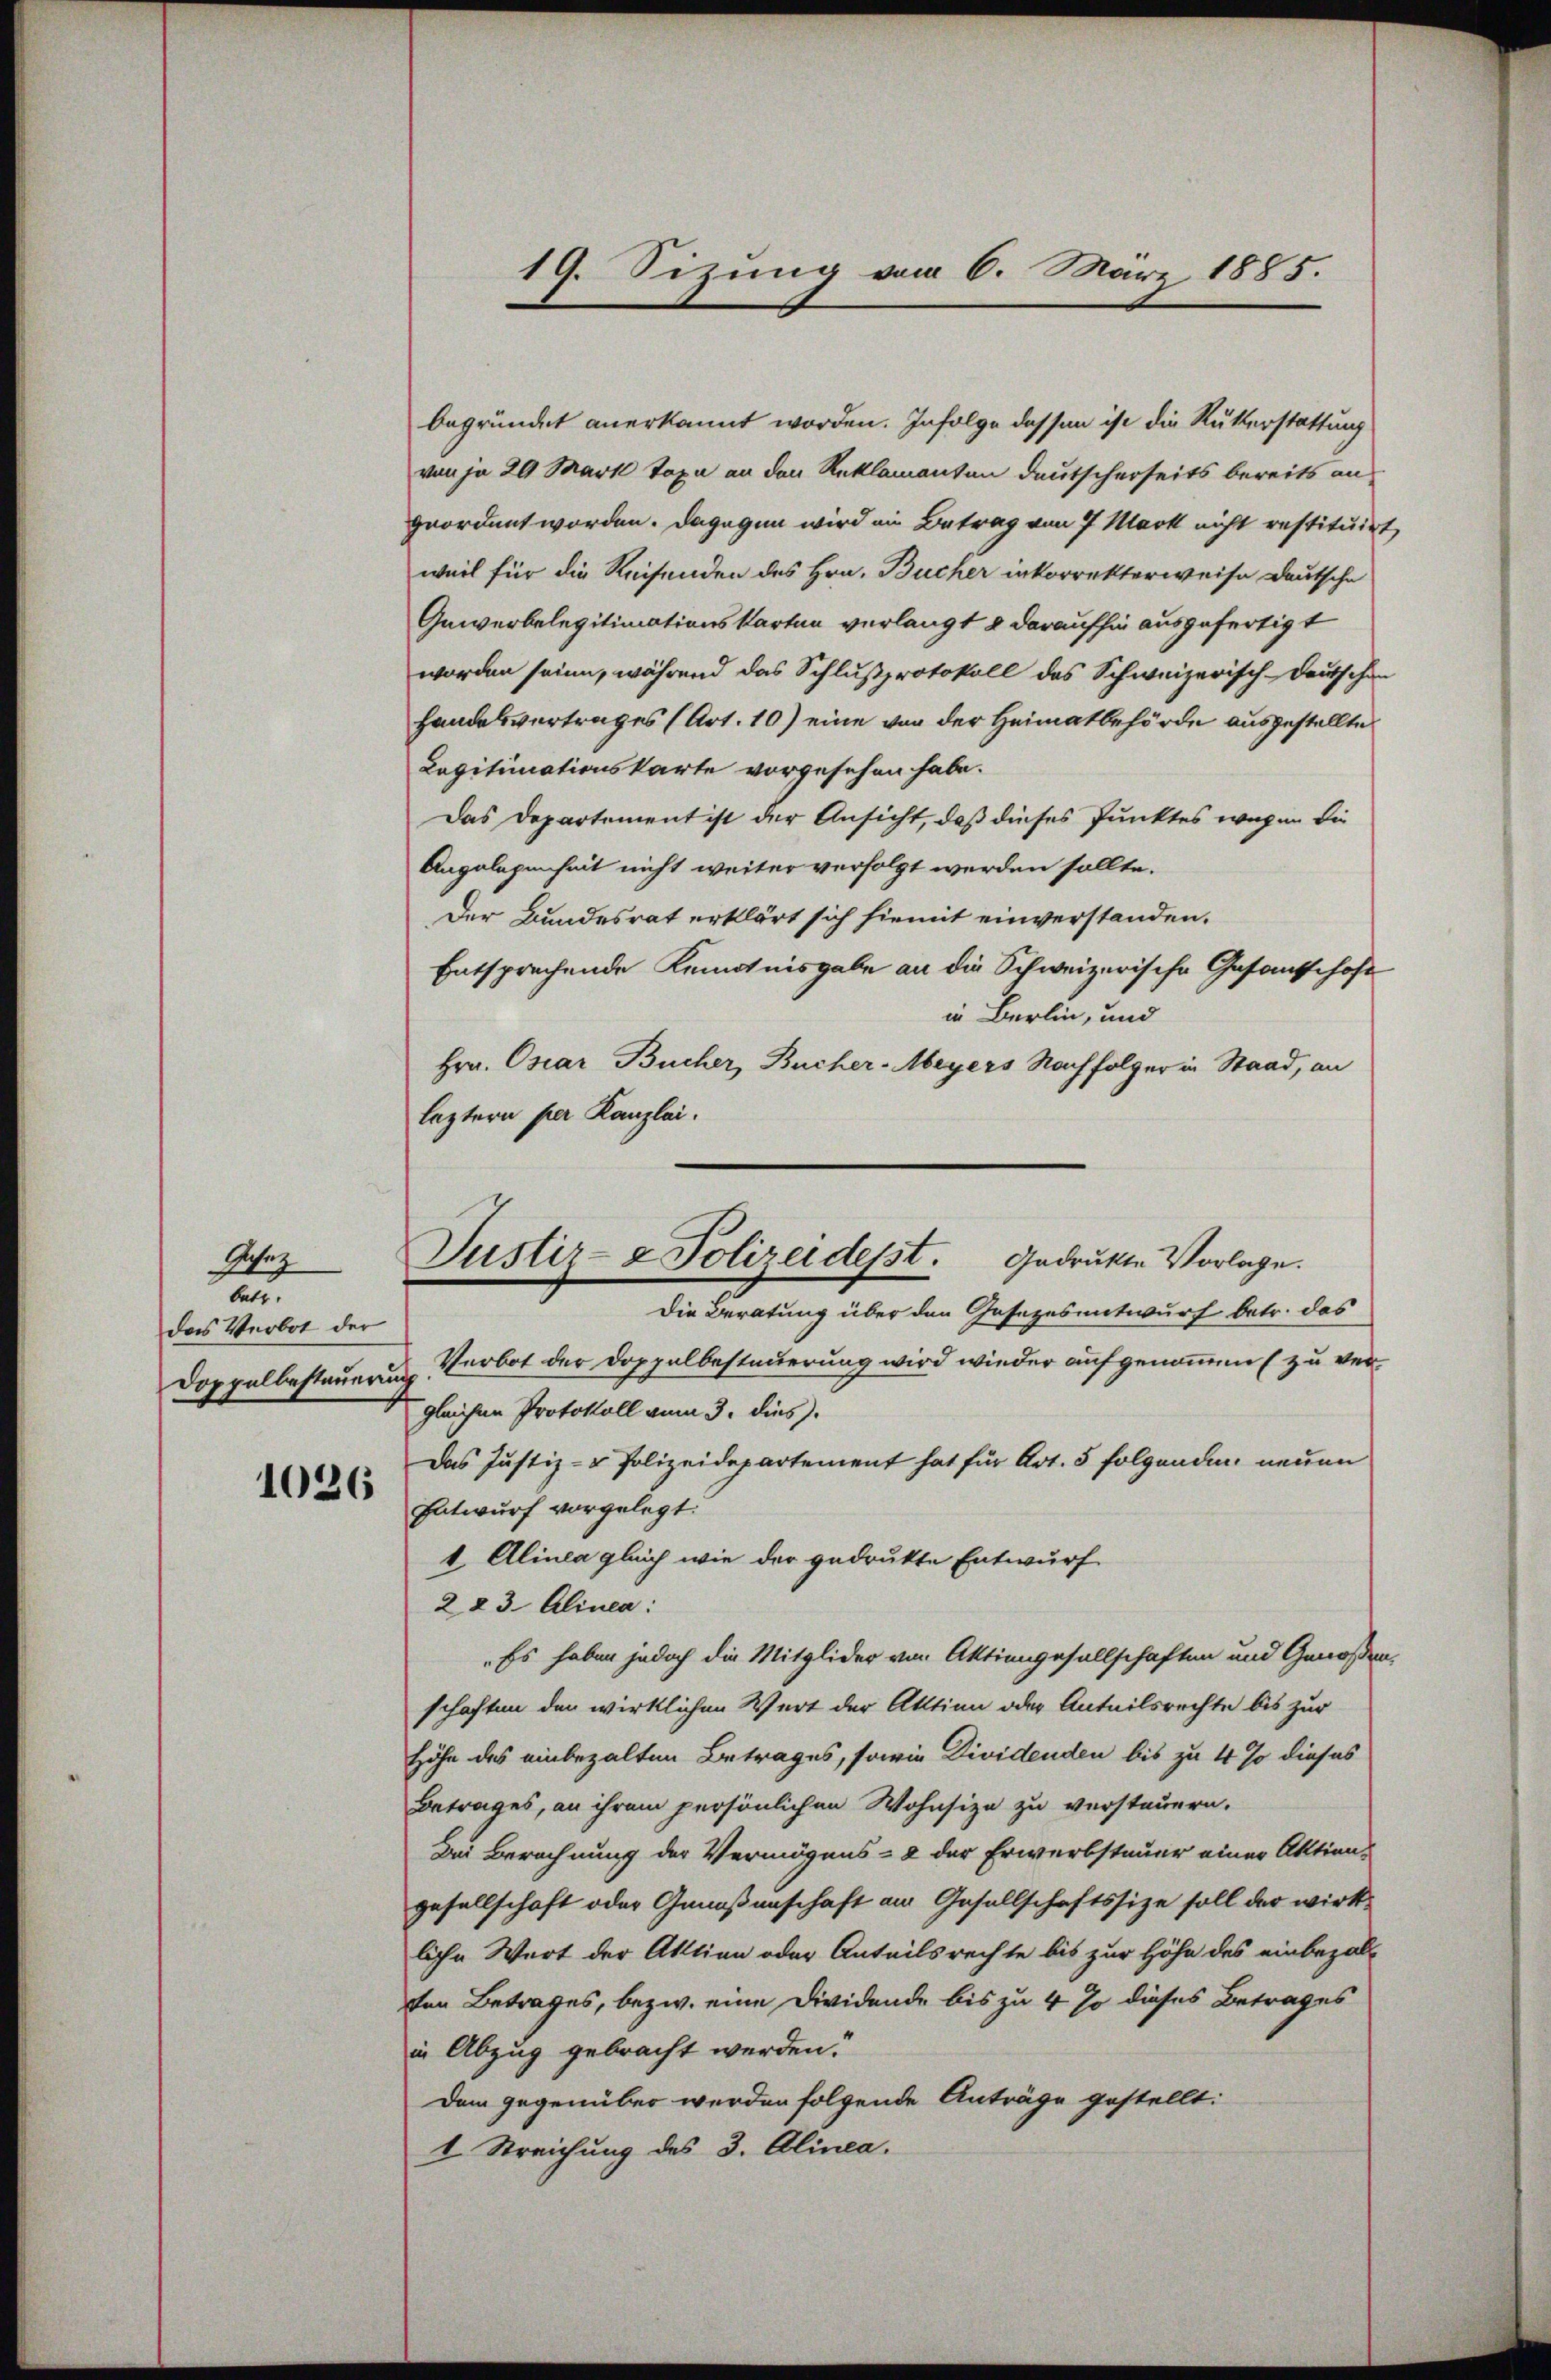
Ahez
te
das Verbot der
Doppelbestauerung

1026

19. Sizung vom 6. März 1885.

begründet anerkannt worden. Infolge dessen ist die Rutterstattung
von ja 29 Mark Taxe an den Reklamanten deutscherseits bereits an
geordent worden. Dagegen wird in Betrag von 7 Mark nicht restituirt,
weil für die Reisenden des Hrn. Bucher inkorrekterweise Deutsche
Qewerbelegitimationskarten verlangt & daraufhin ausgefertigt
worden seine, während das Schlußprotokoll das Schweizerisch-deutschen
Handelsvertrages (Art. 10) eine von der Heimatbehörde ausgestellte
Capituationskarte vorgesehen habe.
Das Departement ist der Ansicht, daß dieses Punktes wegen die
Angelegenheit nicht weiter verfolgt werden sollte.
Der Bundesrat erklärt sich hiemit einverstanden.
Entsprechende Kenntnisgabe an die Schweizerische Gesantschaft
in Berlin, und
Hrn. Osiar Bucher, Bucher-Meyers Nachfolger in Staad, an
leztern per Kanzlei.
Verbot der Doppelbesteuerung wird wieder aufgenommen (zu vergleichen Protokoll vom 3. dies
Das Justiz- & Polizeidepartement hat für Art. 5 folgenden neuen
Entwurf vorgelegt:
t Alinea gleich wie der gedrukte Entwurf
223 Alinea:
Es haben jedoch die Mitglider von Aktiengesellschaften und Genossen,
schaften den wirklichen Wert der Aktien oder Anteilsrechte bis zur
Höhe des einbezalten Betrages, sowie Dividenden bis zu 4 so dieses
Betrages, an ihrem persönlichen Wohnsize zu versteuern.
Bei Berechnung der Vermögens- & der Erwerbstauer einer Aktien-
gesellschaft oder Genoßenschaft am Gesellschaftssize soll der wirkliche Wert der Aktion oder Anteilsrechte bis zur Höhe des einbezal-
ten Betrages, bezw. eine Dividende bis zu 4 so dieses Betrages
in Abzug gebracht werden.
Dem gegenüber werden folgende Anträge gestellt:
1. Streichung des 3. Alinea.

Justiz- & Polizeidept. Gedrukte Vorlage.
Die Beratung über den Gesezesentwurf betr. das